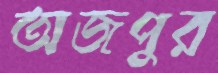
অজপুর